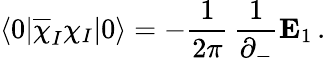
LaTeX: \langle 0\vert\overline{{{\chi}}}_{I}\chi_{I}\vert 0\rangle=-{\frac{1}{2\pi}}\, {\frac{1}{\partial_{-}}}{\mathbf E}_{1}\, .